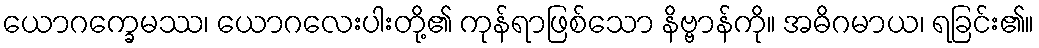
ယောဂက္ခေမဿ၊ ယောဂလေးပါးတို့၏ ကုန်ရာဖြစ်သော နိဗ္ဗာန်ကို။ အဓိဂမာယ၊ ရခြင်း၏။